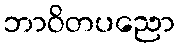
ဘာဝိတပညော